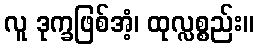
လူ ဒုက္ခဖြစ်အံ့၊ ထုလ္လစ္စည်း။